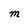
Character: m